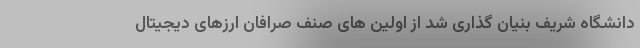
دانشگاه شریف بنیان گذاری شد از اولین های صنف صرافان ارزهای دیجیتال